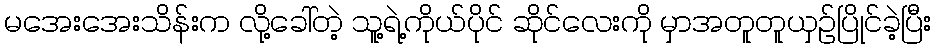
မအေးအေးသိန်းက လို့ခေါ်တဲ့ သူ့ရဲ့ကိုယ်ပိုင် ဆိုင်လေးကို မှာအတူတူယှဉ်ပြိုင်ခဲ့ပြီး